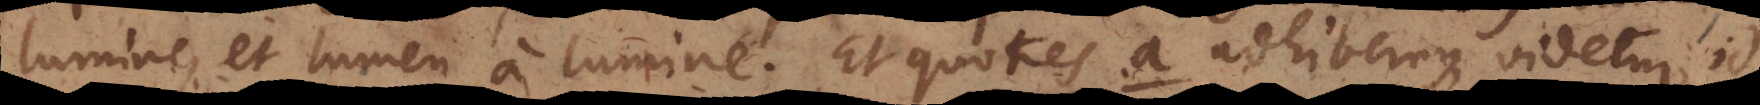
lumine, et lumen a lumine. Et quoties a adhibemus, videtur id